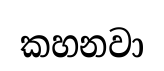
කහනවා